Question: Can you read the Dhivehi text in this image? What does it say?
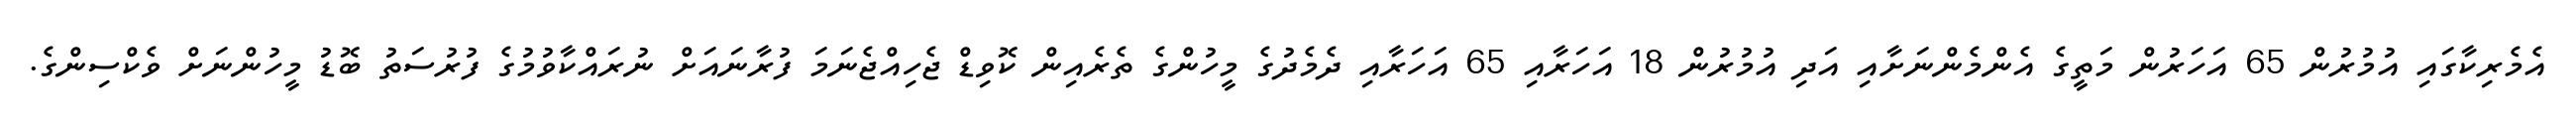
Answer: އެމެރިކާގައި އުމުރުން 65 އަހަރުން މަތީގެ އެންމެންނަށާއި އަދި އުމުރުން 18 އަހަރާއި 65 އަހަރާއި ދެމެދުގެ މީހުންގެ ތެރެއިން ކޮވިޑް ޖެހިއްޖެނަމަ ފުރާނައަށް ނުރައްކާވުމުގެ ފުރުސަތު ބޮޑު މީހުންނަށް ވެކްސިންގެ.